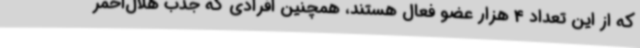
که از این تعداد 4 هزار عضو فعال هستند، همچنین افرادی که جذب هلال‌احمر